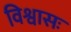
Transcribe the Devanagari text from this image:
विश्वासः